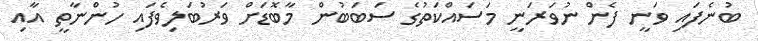
ބުނެފައި ވަނީ ފެން ނުވަރަނީ މަސައްކަތުގެ ސަބަބުން މާބޮޑަށް ވަރުބަލިވެފައި ހުންނާތީ އާއި